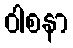
ဝါစနာ